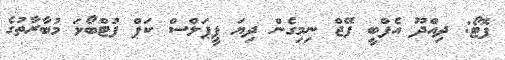
ފޮޓޯ: ދިއްދޫ އެފްބީ ފޭޖް ނިމިގެން ދިޔަ ޕީޕަލްސް ކަޕް ފުޓްބޯޅަ މުބާރާތުގެ